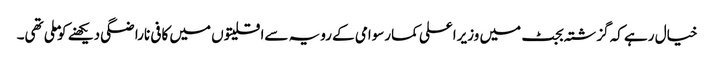
خیال رہے کہ گزشتہ بجٹ میں وزیراعلی کمارسوامی کے رویہ سےاقلیتوں میں کافی ناراضگی دیکھنے کوملی تھی۔